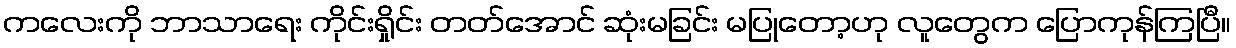
ကလေးကို ဘာသာရေး ကိုင်းရှိုင်း တတ်အောင် ဆုံးမခြင်း မပြုတော့ဟု လူတွေက ပြောကုန်ကြပြီ။